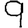
Digit: 9